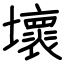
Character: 壞